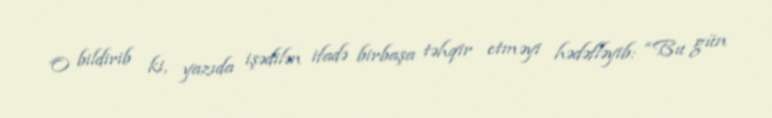
O bildirib ki, yazıda işədilən ifadə birbaşa təhqir etməyi hədəfləyib: “Bu gün